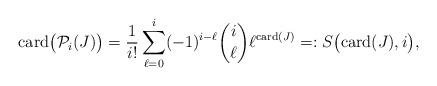
LaTeX: \begin{align*}\mathrm{card}\bigl(\mathcal{P}_i(J)\bigr) = \frac{1}{i!}\sum_{\ell=0}^i (-1)^{i-\ell}\binom{i}{\ell}\ell^{\mathrm{card}(J)} =: S\bigl(\mathrm{card}(J),i\bigr),\end{align*}